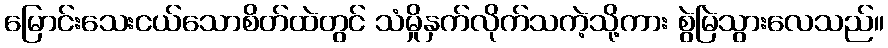
မြောင်းသေးငယ်သောစိတ်ထဲတွင် သံမှိုနှက်လိုက်သကဲ့သို့ကား စွဲမြဲသွားလေသည်။